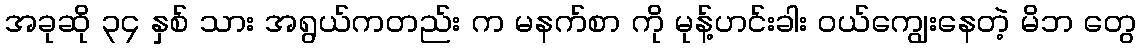
အခုဆို ၃၄ နှစ် သား အရွယ်ကတည်း က မနက်စာ ကို မုန့်ဟင်းခါး ဝယ်ကျွေးနေတဲ့ မိဘ တွေ